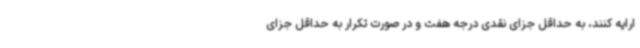
ارایه کنند، به حداقل جزای نقدی درجه هفت و در صورت تکرار به حداقل جزای